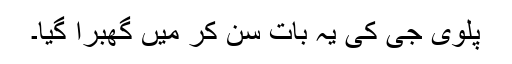
پلوی جی کی یہ بات سن کر میں گھبرا گیا۔